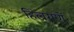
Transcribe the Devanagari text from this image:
हिलगणें